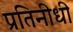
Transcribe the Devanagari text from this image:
प्रतिनीधी